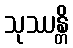
သုဿန္တိ